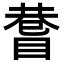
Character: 𥈄